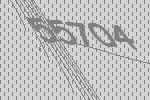
55704